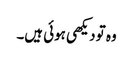
وہ تو دیکھی ہوئی ہیں۔